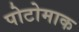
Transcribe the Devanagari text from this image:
पोटोमाक